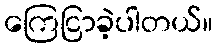
ကြေငြာခဲ့ပါတယ်။